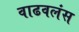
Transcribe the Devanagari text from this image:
वाढवलंस